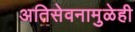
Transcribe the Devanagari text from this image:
अतिसेवनामुळेही